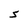
Character: S